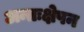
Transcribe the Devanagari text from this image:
अन्तःक्षेपन